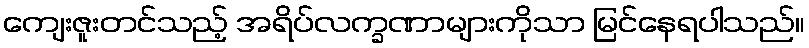
ကျေးဇူးတင်သည့် အရိပ်လက္ခဏာများကိုသာ မြင်နေရပါသည်။